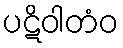
ပဋိဝါတံဝ